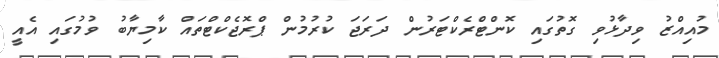
މުއިއްޒު ވިދާޅުވި ގޮތުގައި ކޮންޓްރެކްޓަރުން ދަރަޖަ ކުރުމުން ޕްރޮޖެކްޓްތައް ކާމިޔާބު ވުމުގައި އެއީ